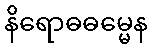
နိရောဓဓမ္မေန